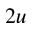
_ { 2 u }